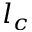
l _ { c }